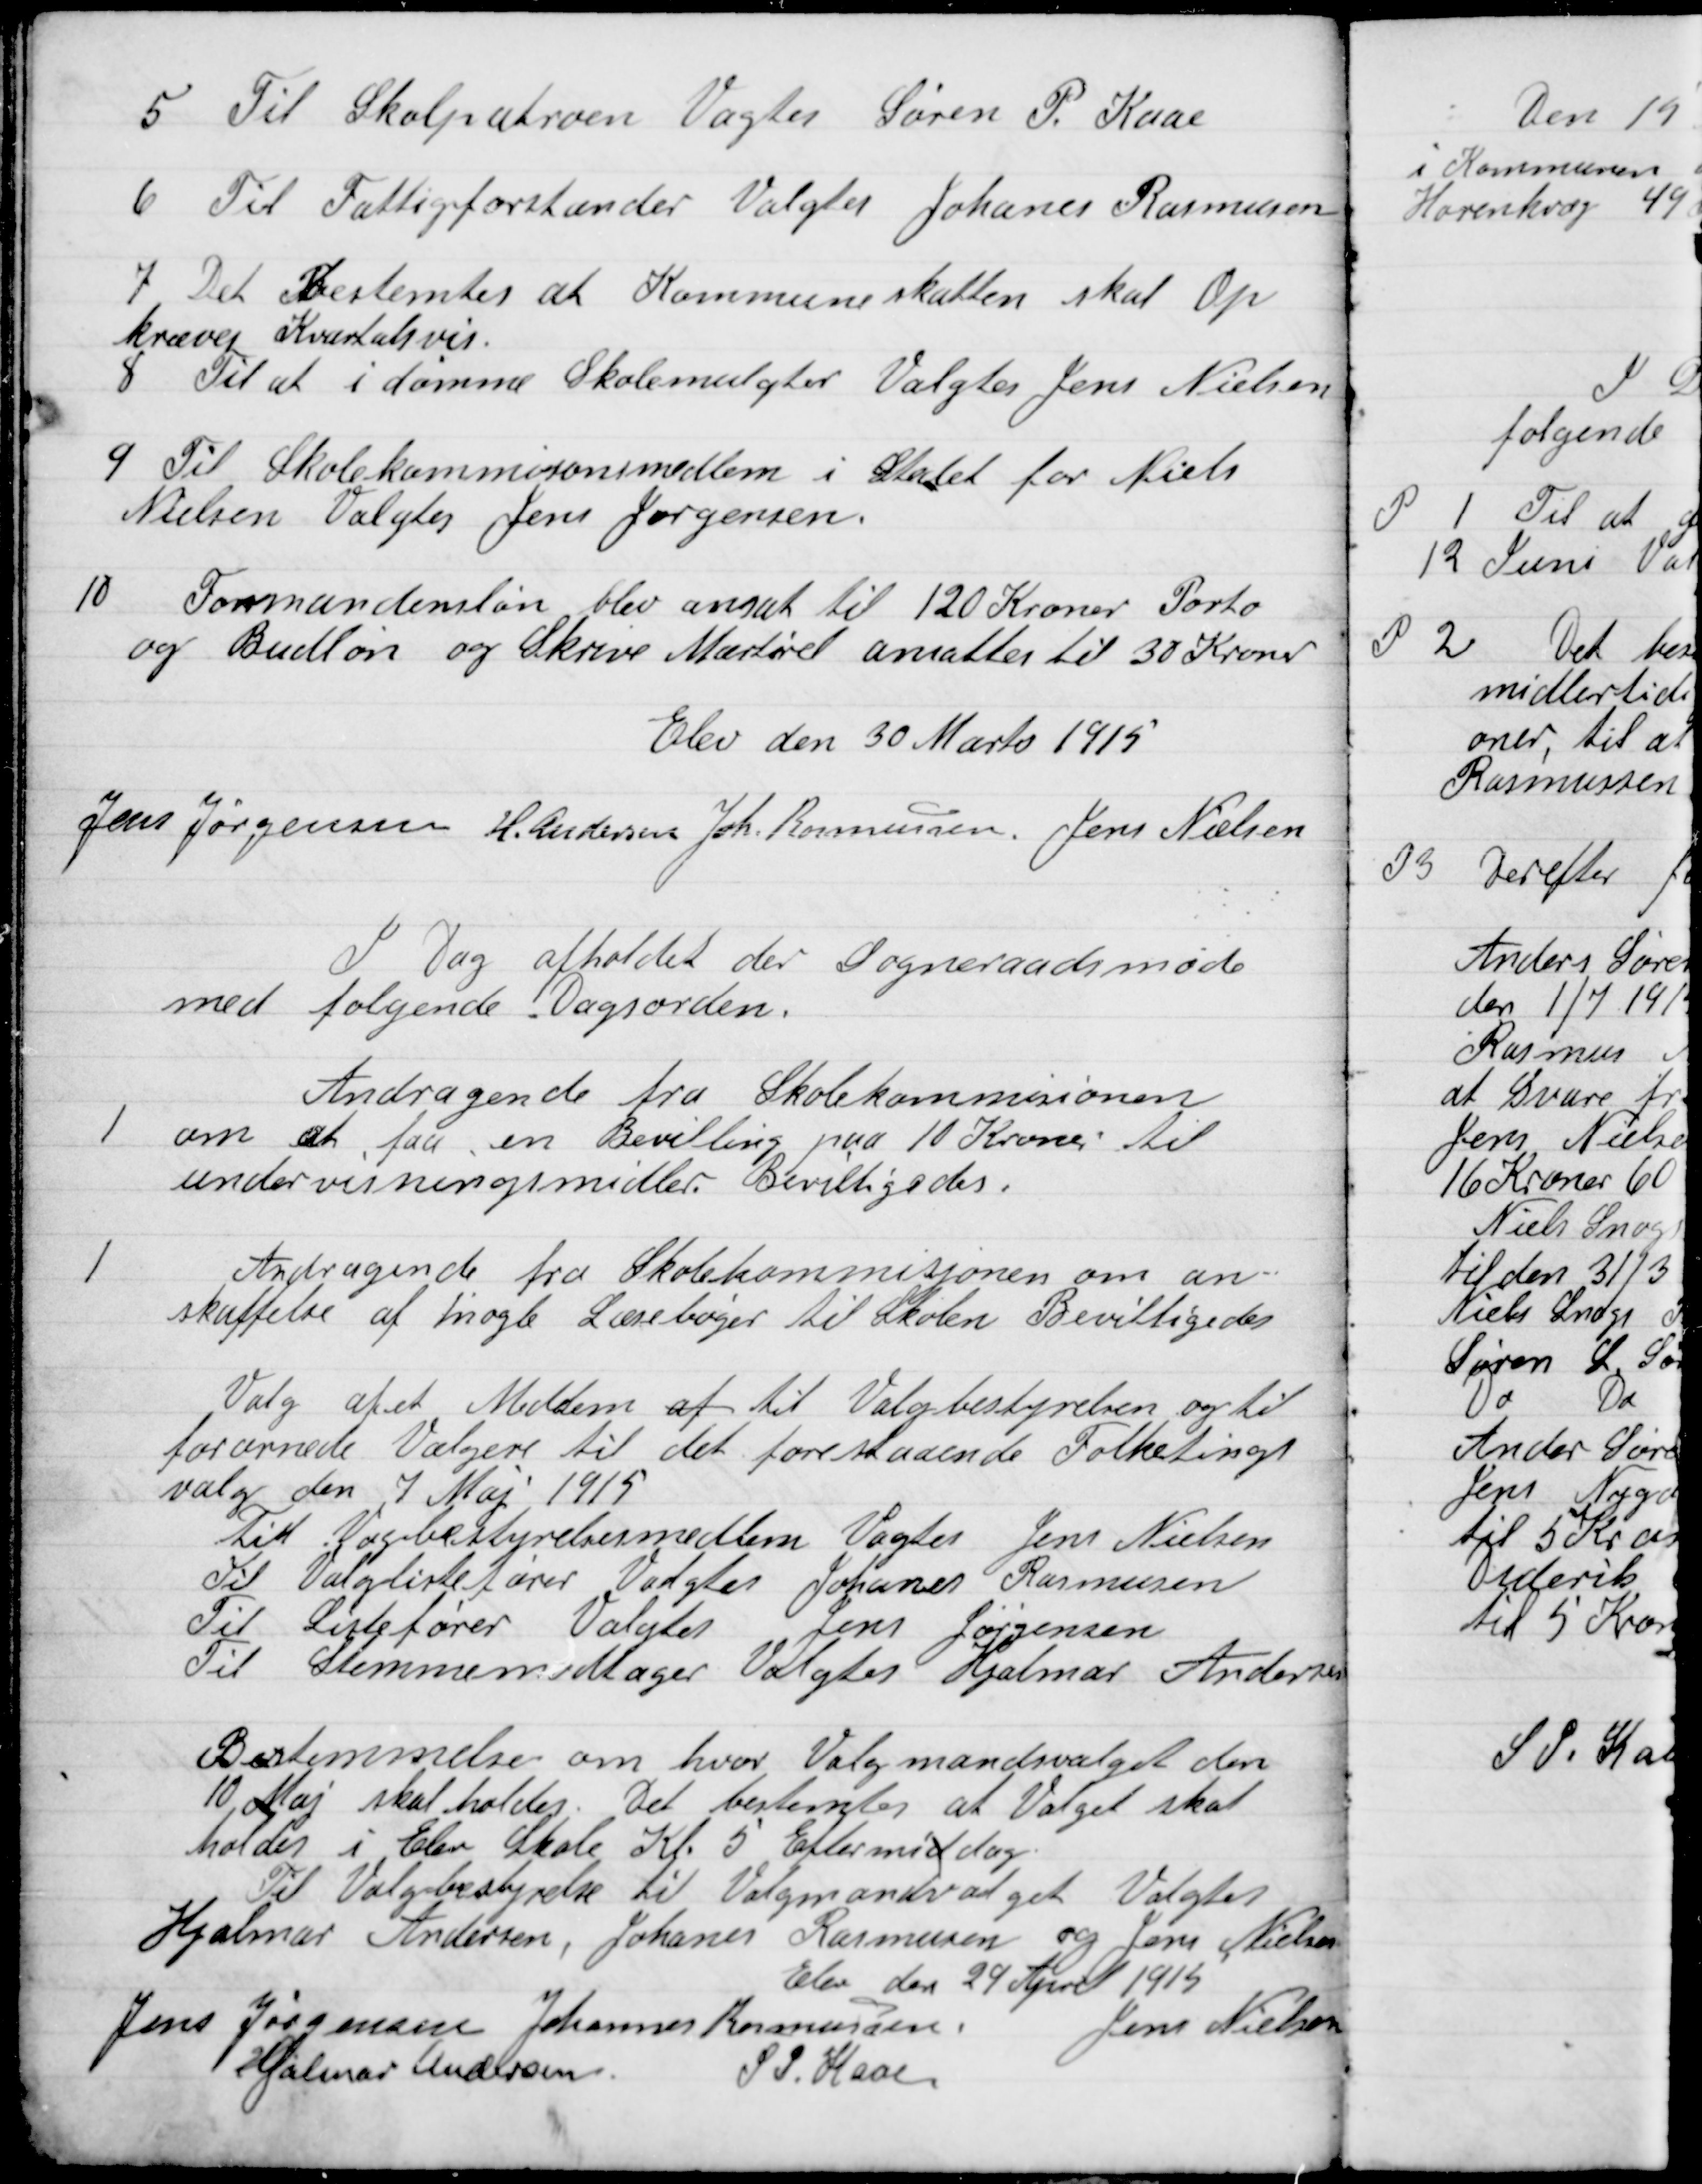
Transskription:
5

Til Skolepatron Valgtes Søren P. Kaas

6

Til Fattigfodstander Valgtes Johannes Rasmussen

7

Det Bestemtes at Kommuneskatten skal Op-
kræves Kvadratvis.

8

Til at i dømme Skolemulgter Valgtes Jens Nielsen

9

Til Skolekommissionen i Stedet for Niels
Nielsen Valgtes Jens Jørgensen.

10

Formandens løn blev ansat til 120 Kr Porto
og Budløn og Skrive Materiel ansattes til 30 Kroner

Elev den 30 Marts 1915

Jens Jørgensen
H. Andersen
Joh. Rasmussen
Jens Nielsen

I Dag afholdes der Sogneraadsmøde
med følgende Dagsorden

1

Andragende fra Skolekommissionen
om at faa en Bevilling paa 10 Kroner til
undervisningsmidler. Bevilgedes.

1

Andragende fra Skolekommissionen om An-
skaffelse af nogle Lærebøger til Skolen. Bevilgedes.

Valg af et Medlem af til Valgbestyrelsen og til
forarnede Vælgere til det forestaaende Folketings-
valg den 7 Maj 1915.
Til Valgbestyrelsesmedlemmer Valgtes Jens Nielsen
Til Valglisteføre Valgtes Johannes Rasmusen
Til Listefører Valgtes Jens Jørgensen
Til Stemmemodtager Valgtes Hjalmar Andersen

Bestemmelsen om hvor Valgmandsvalget den
10. Maj skal holdes. Det bestemtes at Valget skal
holdes i Elev Skole Kl. 5 eftermiddag
Til Valgbestyrelse til Valgmandsvalget Valgtes
Hjalmar Andersen, Johannes Rasmussen og Jens Nielsen

Elev den 29 April 1915

Johannes Rasmussen
Jens Jørgensen
Jens Nielsen
Hjalmar Andersen
S. P. Kaas